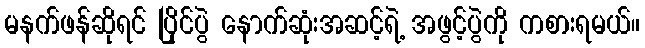
မနက်ဖန်ဆိုရင် ပြိုင်ပွဲ နောက်ဆုံးအဆင့်ရဲ့ အဖွင့်ပွဲကို ကစားရမယ်။